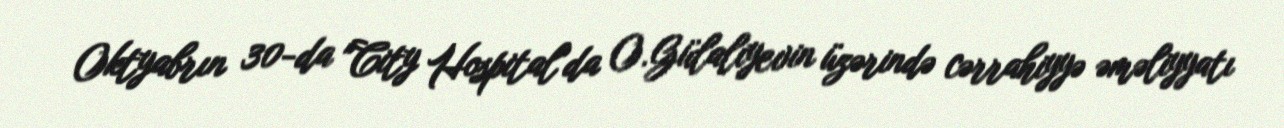
Oktyabrın 30-da "City Hospital"da O.Gülalıyevin üzərində cərrahiyyə əməliyyatı